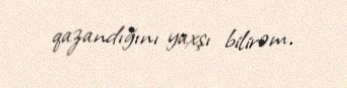
qazandığını yaxşı bilirəm.